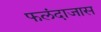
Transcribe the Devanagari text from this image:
फलंदाजास